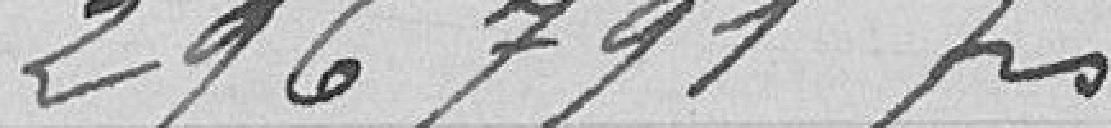
296791 francs